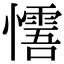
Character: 𢤓